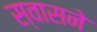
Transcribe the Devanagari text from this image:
स्वासने